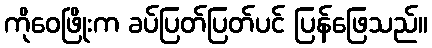
ကိုဝေဖြိုးက ခပ်ပြတ်ပြတ်ပင် ပြန်ဖြေသည်။